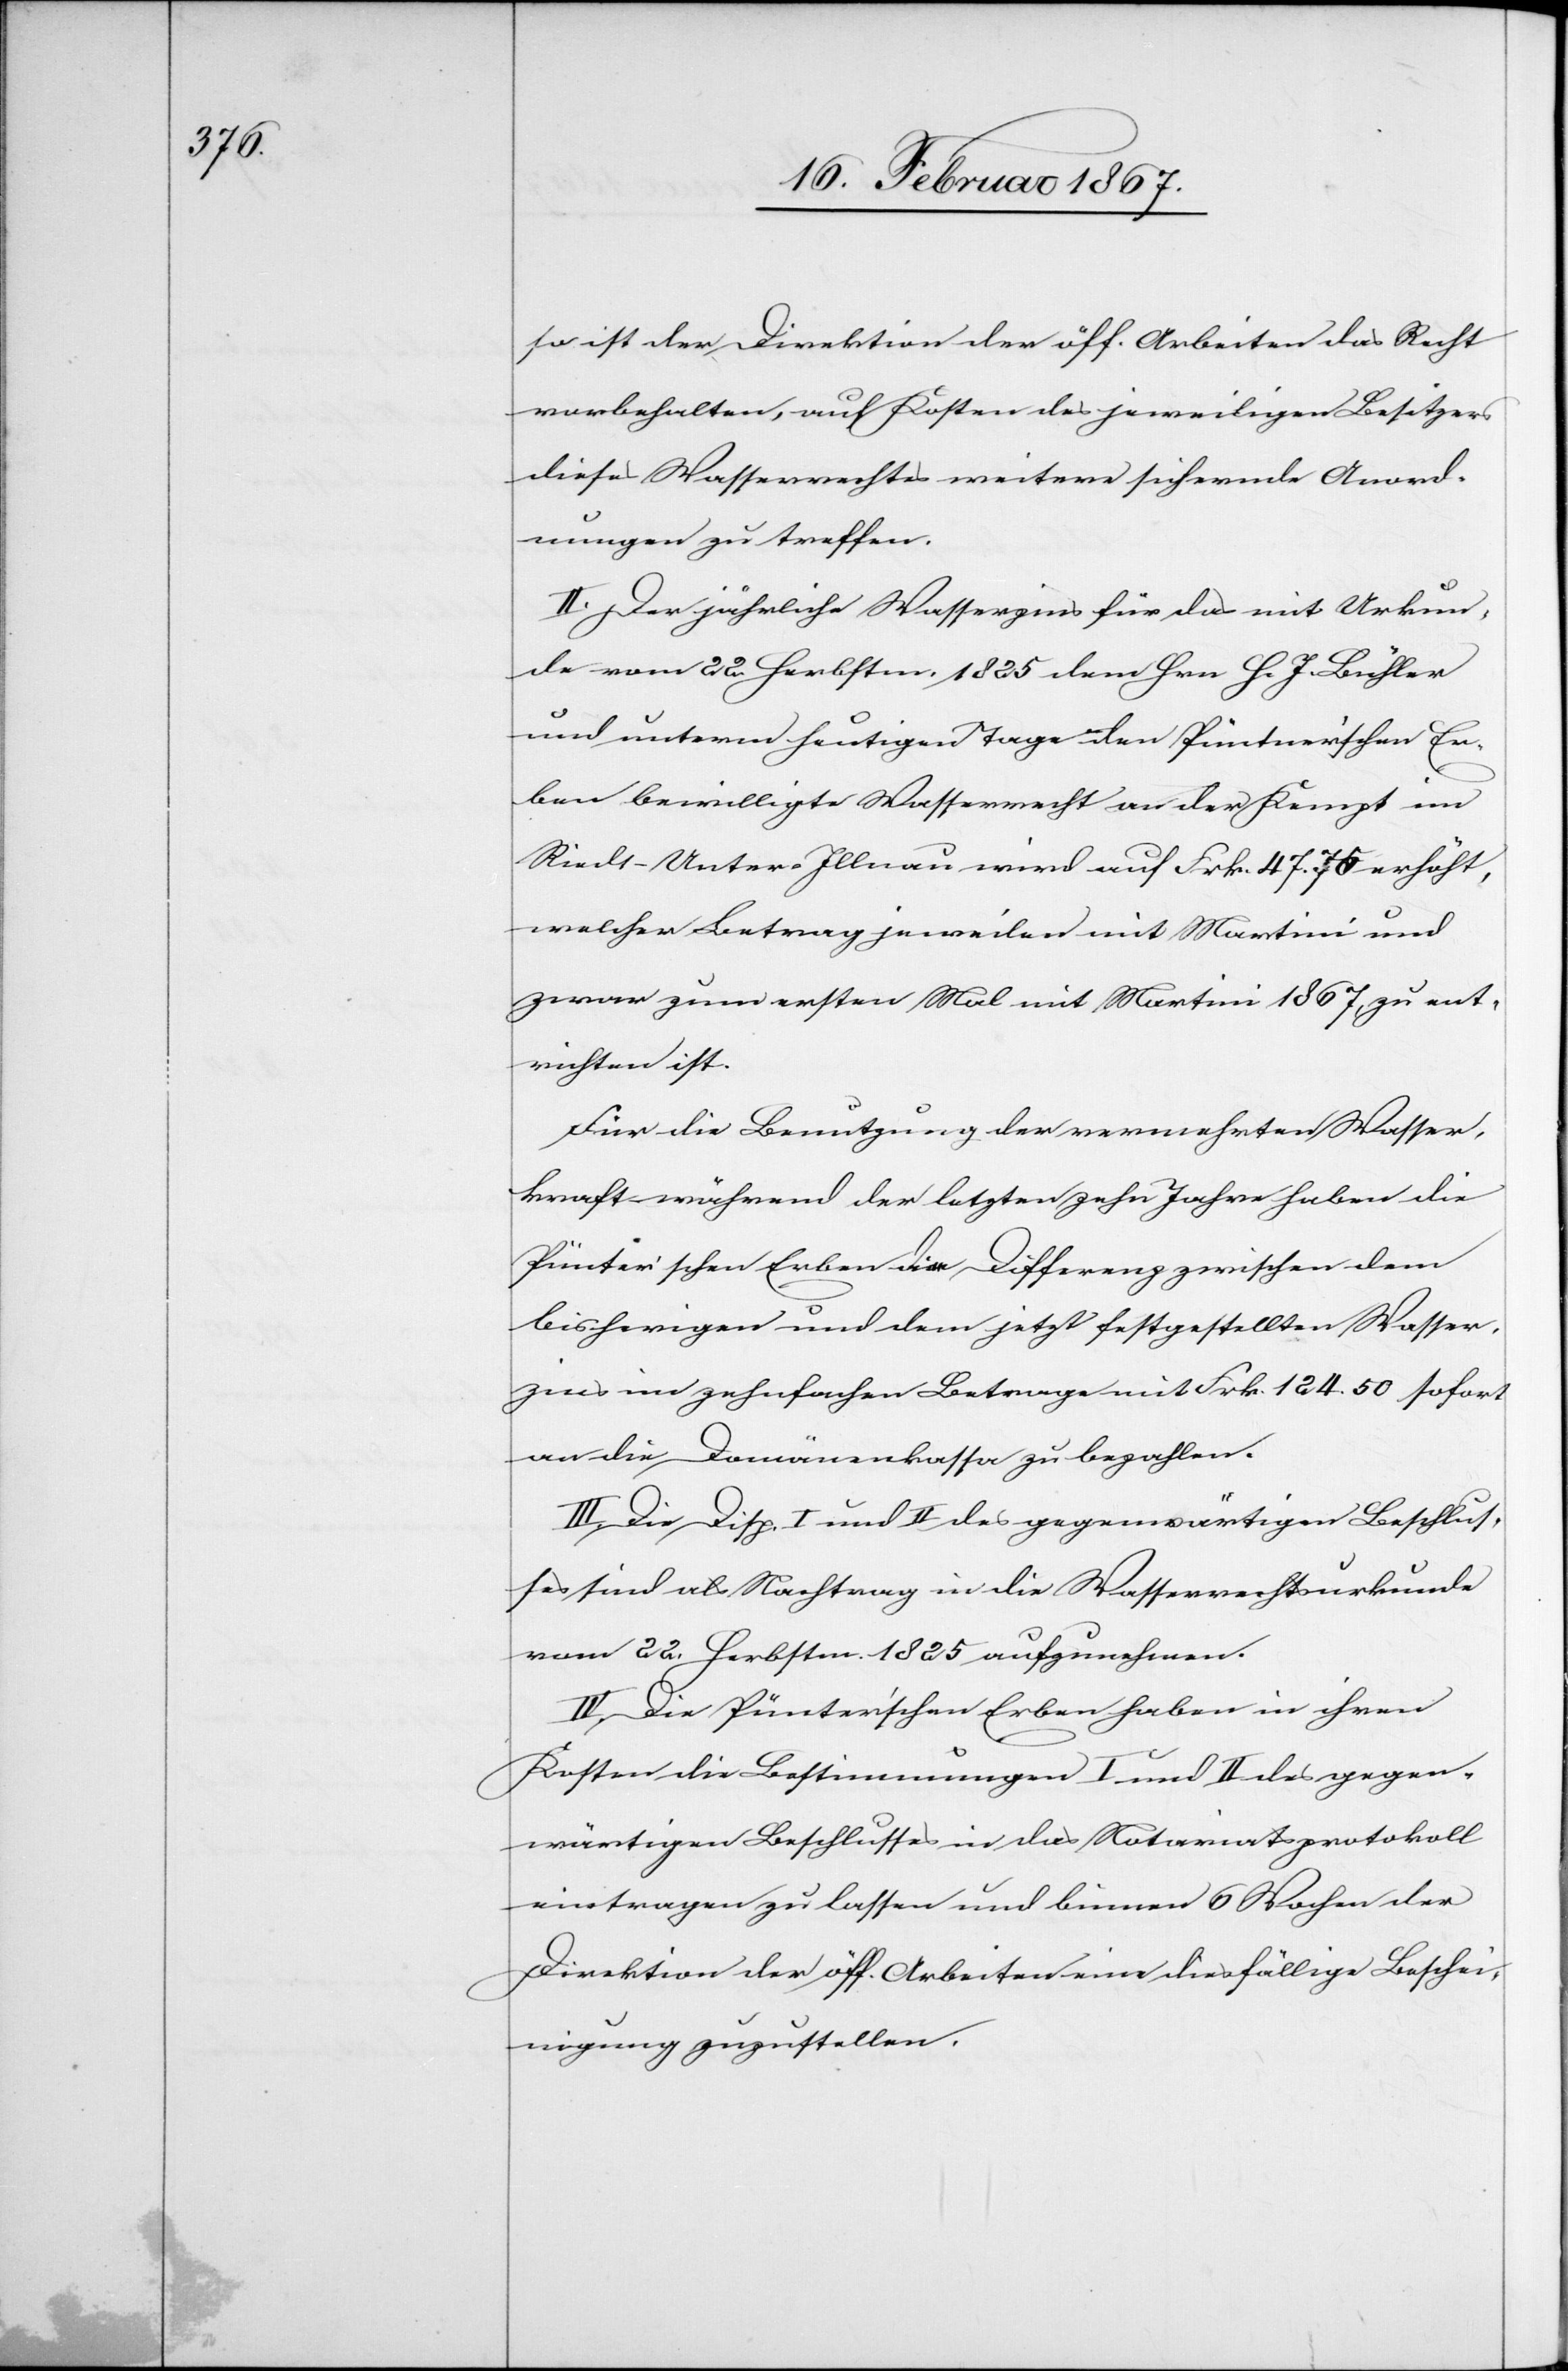
so ist der Direktion der öff. Arbeiten das Recht
vorbehalten, auf Kosten des jeweiligen Besitzers
dieses Wasserrechtes weitere sichernde Anord¬
nungen zu treffen.
II. Der jährliche Wasserzins für das mit Urkun¬
de vom 22. Herbstm. 1825 dem Hrn. H. J. Bühler
und unterm heutigen Tage den Püntner’schen Er¬
ben bewilligte Wasserrecht an der Kempt im
Riedt-Unter-Illnau wird auf Frk. 47. 75 erhöht,
welcher Betrag jeweilen mit Martini und
zwar zum ersten Mal mit Martini 1867, zu ent¬
richten ist.
Für die Benutzung der vermehrten Wasser¬
kraft während der letzten zehn Jahre haben die
Pünter’schen Erben die Differenz zwischen dem
bisherigen und dem jetzt festgestellten Wasser¬
zins im zehnfachen Betrage mit Frk. 124. 50 sofort
an die Domänenkasse zu bezahlen.
III. Die Disp. I und II des gegenwärtigen Beschlus¬
ses sind als Nachtrag in die Wasserrechtsurkunde
vom 22. Herbstm. 1825 aufzunehmen.
IV. Die Pünter’schen Erben haben in ihren
Kosten die Bestimmungen I und II des gegen¬
wärtigen Beschlusses in das Notariatsprotokoll
eintragen zu lassen und binnen 6 Wochen der
Direktion der öff. Arbeiten eine diesfällige Beschei¬
nigung zuzustellen.